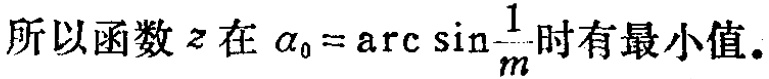
所以函数\(z\)在\(\alpha_{0}=\arcsin\frac{1}{m}\)时有最小值.